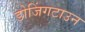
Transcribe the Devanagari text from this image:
डोजिंगटाउन